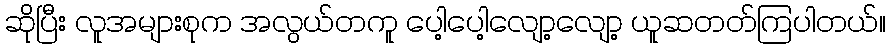
ဆိုပြီး လူအများစုက အလွယ်တကူ ပေါ့ပေါ့လျော့လျော့ ယူဆတတ်ကြပါတယ်။